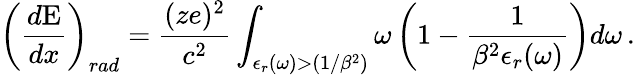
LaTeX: \left(\frac{d\mathrm{{E}}}{dx}\right)_{rad}=\frac{(ze)^{2}}{c^{2}}\int_{\epsilon_{r}(\omega)>(1/\beta^{2})}\omega\left(1-\frac{1}{\beta^{2}\epsilon_{r}(\omega)}\right)d\omega\, .